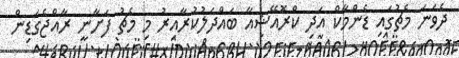
ދެވަނަ މެޗުގައި ޑެންމާކް އަދި ކްރޮއޭޝިއާ ބައްދަލުކުރާއިރު މި މެޗު ފަށާނީ ރާއްޖެގަޑިން